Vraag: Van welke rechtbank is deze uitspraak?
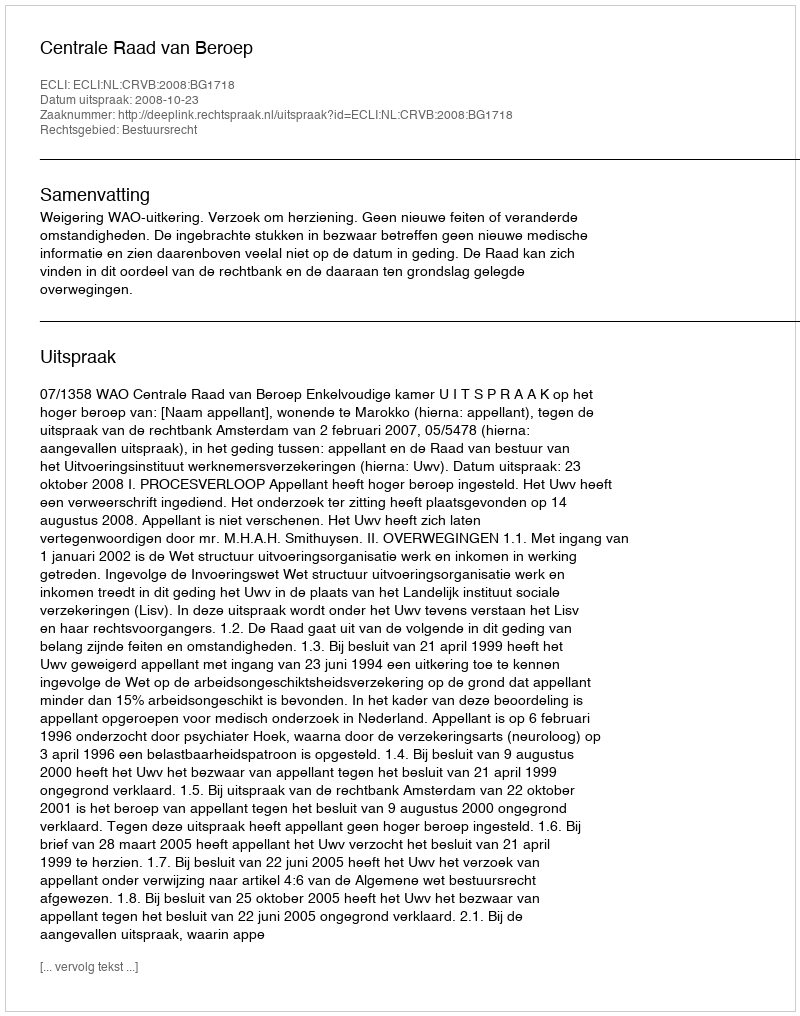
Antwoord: Centrale Raad van Beroep